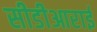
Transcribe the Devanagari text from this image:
सीडीआराई